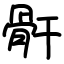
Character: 骭